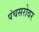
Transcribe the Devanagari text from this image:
पंचसरोवर